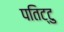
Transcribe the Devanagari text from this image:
पतिट्टु